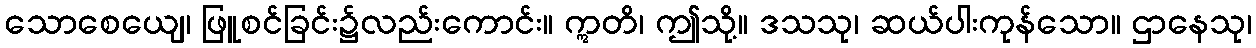
သောစေယျေ၊ ဖြူစင်ခြင်း၌လည်းကောင်း။ ဣတိ၊ ဤသို့။ ဒသသု၊ ဆယ်ပါးကုန်သော။ ဌာနေသု၊